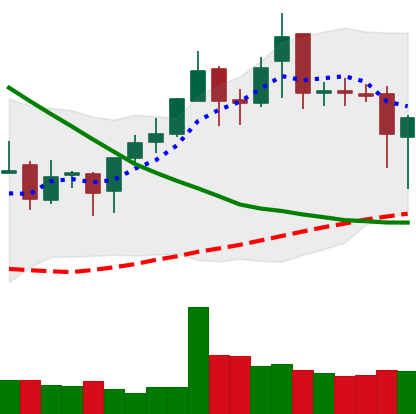
Ticker: XMR-USD
Chart end date: 2019-03-26
Forward return: 5.5625%
Label: up_5_7